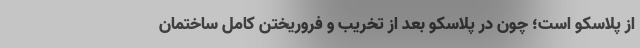
از پلاسکو است؛ چون در پلاسکو بعد از تخریب و فروریختن کامل ساختمان